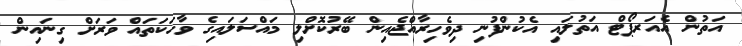
އަތުން އެއަރޕޯޓް އަތުލައި އެކުންފުނި ދިވެހިރާއްޖެއިން ބޭރުކޮށްލި މައްސަލައިގެ ވާހަކަތައް ވަރަށް ގިނައިން